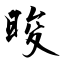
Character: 晙